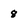
Character: 8